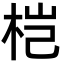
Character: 桤